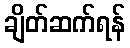
ချိတ်ဆက်ရန်